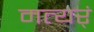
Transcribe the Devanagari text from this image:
मत्यर्ं